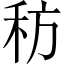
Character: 䄱